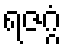
ရဇဂ္ဂံ